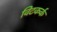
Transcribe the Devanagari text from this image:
विटकर्क